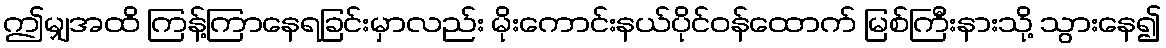
ဤမျှအထိ ကြန့်ကြာနေရခြင်းမှာလည်း မိုးကောင်းနယ်ပိုင်ဝန်ထောက် မြစ်ကြီးနားသို့ သွားနေ၍